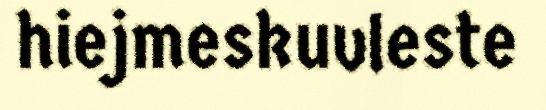
hiejmeskuvleste